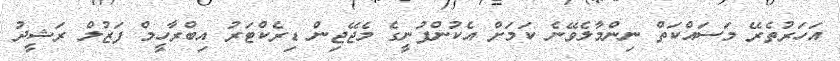
އަހަރުތެރޭ މަސަައްކަތް ނިންމާލެވޭނެ ކަަމަށް އެކުންފުނީގެ މެޖޭޖިން ޑިރެކްޓަރު އިބްރާހީމް ފަޒުލް ރަޝީދު